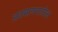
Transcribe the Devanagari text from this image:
अवसायनातील